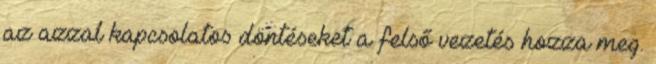
az azzal kapcsolatos döntéseket a felső vezetés hozza meg.